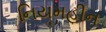
નિયમહીન